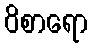
ဝိစာရော